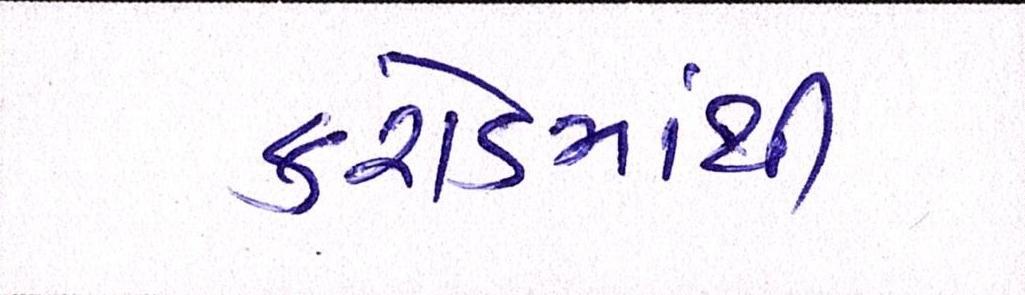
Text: કરોડમાંથી